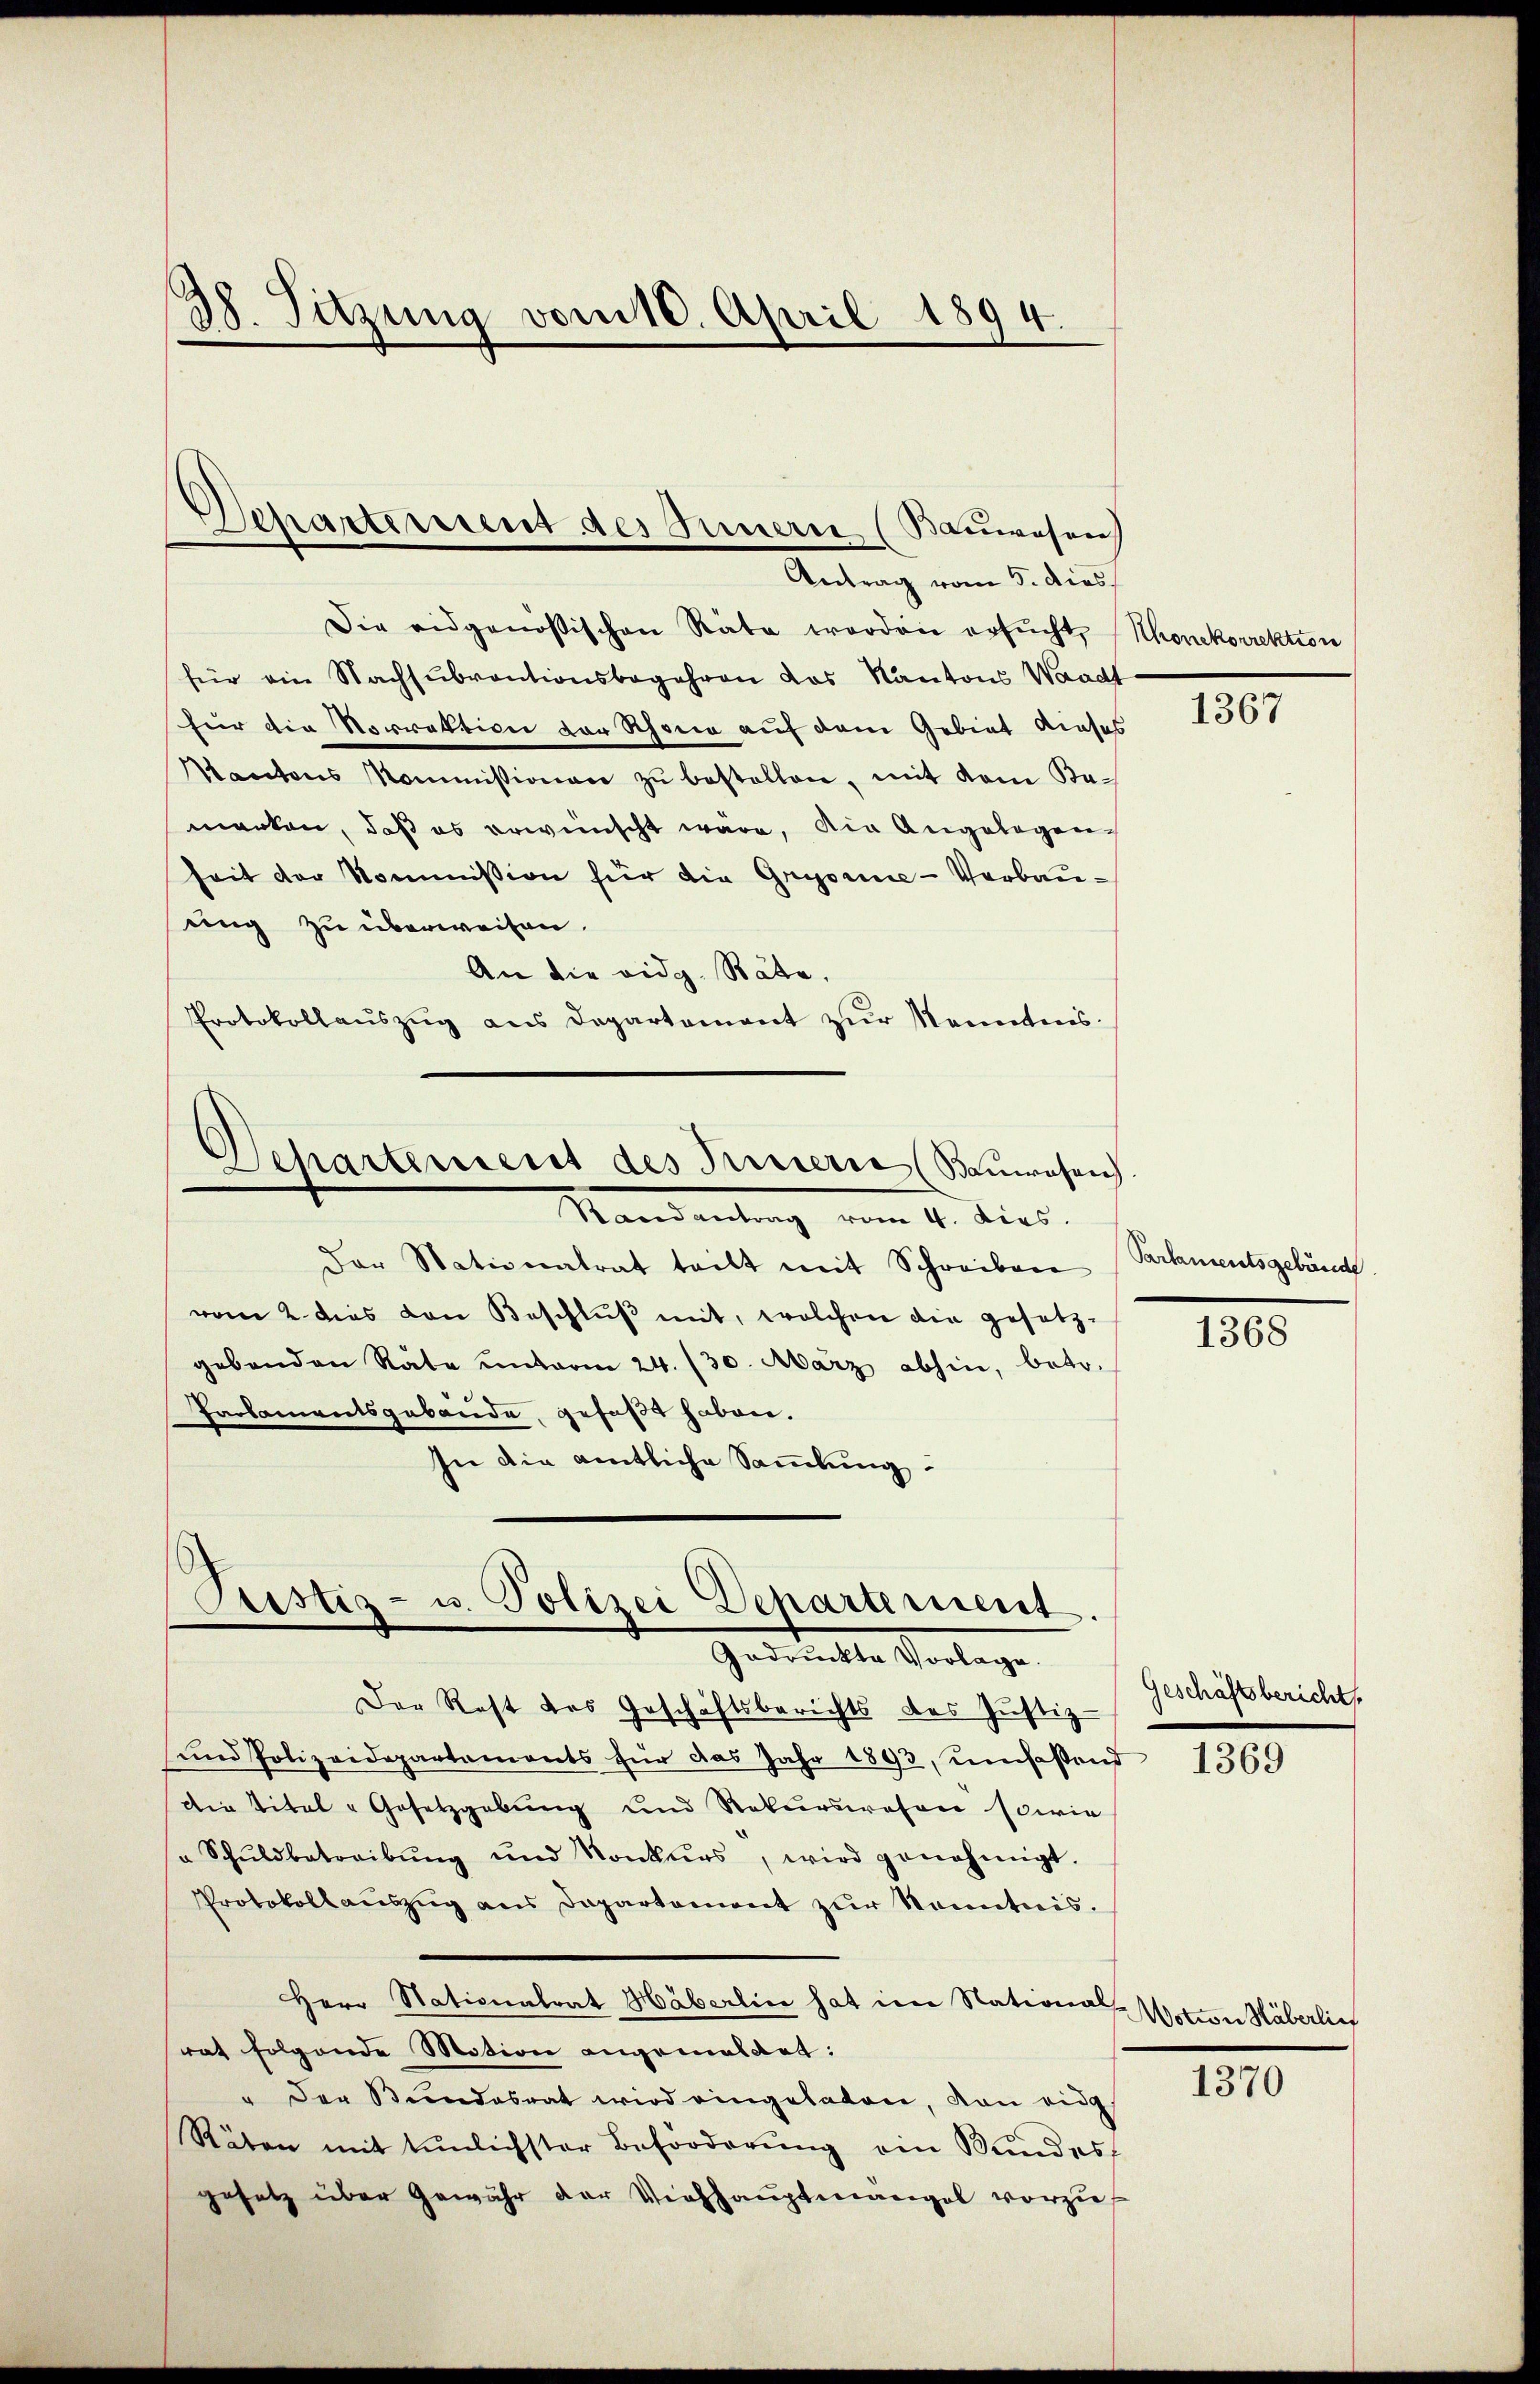
38. Sitzung vom 10. April 1894.

Departement des Innern (Bauwesen
Antrag vom 5. dies

Die eidgenößischen Räte worden ersucht, Schonkorrektion
für ein Nachsubventionsbegehren das Kantons Waadt
für die Sorrektion der Schon auf dem Gebiet dieses
Kantons Kommissionen zŭ bestellen, mit dem Ka-
manken, daß es erwünscht wäre, die Angelegenseit der Kommission für die Gregorie-Verbauung zu überweisen.
An die vidg. Stätte,
Protokollauszug aus Departement zur konntens¬
Departement des Innern (Bauwesen
Randantrag vom 4. Kies.
Der Stationalrat teilt mit Schreiben
vom 2. dies von Beschlŭβ mit, welchen die gesetz-
gebenden Räte unterm 24. 130. März abhin, betr.
Parlamentsgebäude, gefaßt haben.
In die amtliche Sammlung.

Justiz- u. Polizei Departement.
Gadruckte Vorlage.

Der Rest des Geschäftsberichts des Justiz-
und Polizeidepartements für das Jahr 1893, umfassend
die Titel - Gesetzgebung und Rekurswesen sowie
" Schŭldbetreibŭng und Konkurs, wird genehmigt.
Protokollaŭszŭg ans Departement zŭr Kenntnis.
Herr Nationalrat Häberlin hat im National
rat folgende Motion angemeldet:
" Der Bundesrat wird eingeladen, von eidg.
Räten mit tunlichster Beförderŭng ein Bundes
gesetz über Gewähr der Viehhaŭptmangel vorzu¬

1367

Parlamentsgebäude

1368

Geschäftsbericht
1369

Motion Häberlin

1370